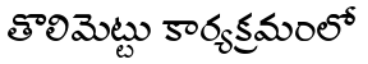
తొలిమెట్టు కార్యక్రమంలో